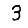
Digit: 3